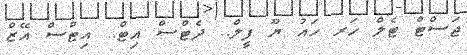
ޖަސްޓް ޓެލް ހަރ ހައު ޔޫ ފީލް.. ދެޓްސް އިޓް.. އިޓްސް އޭޒް